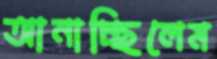
আনাচ্ছিলেম